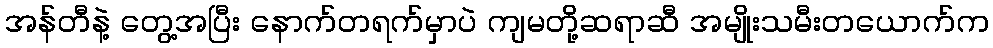
အန်တီနဲ့ တွေ့အပြီး နောက်တရက်မှာပဲ ကျမတို့ဆရာဆီ အမျိုးသမီးတယောက်က